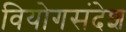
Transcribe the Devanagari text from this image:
वियोगसंदेश